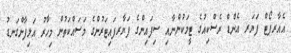
އެއާރޕޯޓް ފަޔަރ އެންޑް ރެސްކިއުގެ ޓީމަކުންނާއި ސިފައިންގެ ފަޔާރފައިޓަރުންގެ މަސައްކަތުން މިހާރު އަލިފާންގަނޑު